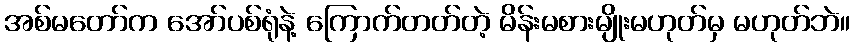
အစ်မတော်က အော်ပစ်ရုံနဲ့ ကြောက်တတ်တဲ့ မိန်းမစားမျိုးမဟုတ်မှ မဟုတ်ဘဲ။